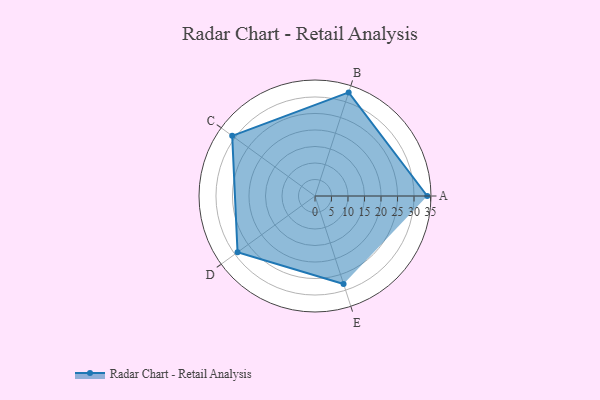
{"axis": {"x": "Skill", "y": "Score"}, "legend": ["Profile"], "data": [{"x": "A", "y": 34.0, "type": "Profile"}, {"x": "B", "y": 33.0, "type": "Profile"}, {"x": "C", "y": 31.0, "type": "Profile"}, {"x": "D", "y": 29.0, "type": "Profile"}, {"x": "E", "y": 28.0, "type": "Profile"}]}